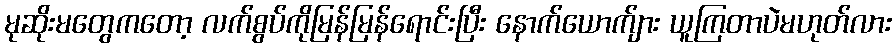
မုဆိုးမတွေကတော့ လက်စွပ်ကိုမြန်မြန်ရောင်းပြီး နောက်ယောက်ျား ယူကြတာပဲမဟုတ်လား